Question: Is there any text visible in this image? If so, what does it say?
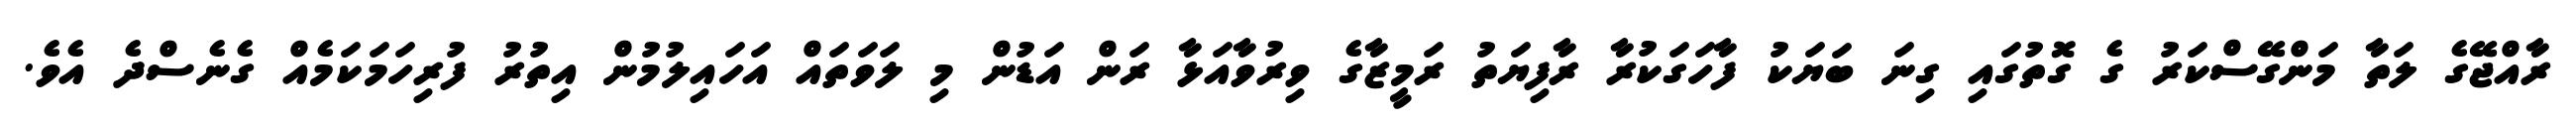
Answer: ރާއްޖޭގެ ލަތާ މަންގޭސްކަރު ގެ ގޮތުގައި ގިނަ ބަޔަކު ފާހަގަކުރާ ރާފިޔަތު ރަމީޒާގެ ވިރުވާއަޅާ ރަން އަޑުން މި ލަވަތައް އަހައިލުމުން އިތުރު ފުރިހަމަކަމެއް ގެނެސްދެ އެވެ.